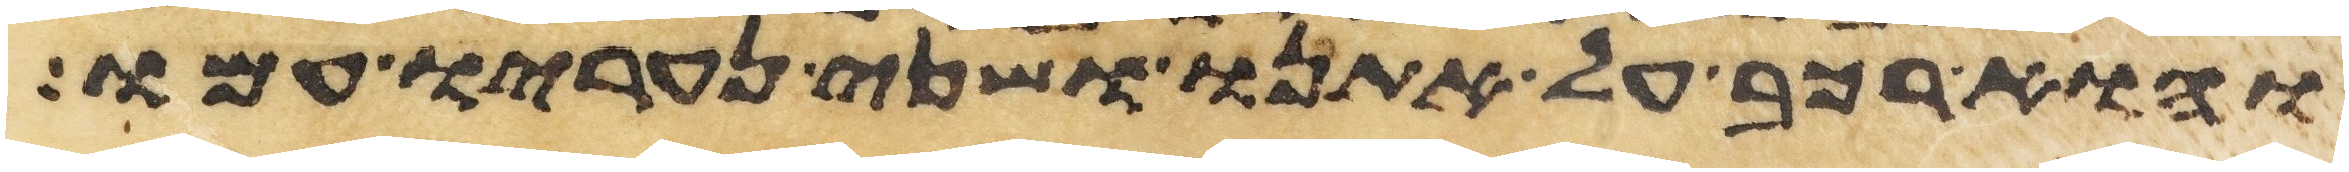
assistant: והוא רכב על אתנו ושני נעריו עמו